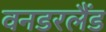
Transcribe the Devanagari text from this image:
वनडरलैंड